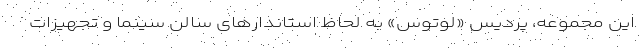
این مجموعه، پردیس «لوتوس» به لحاظ استاندارهای سالن سینما و تجهیزات